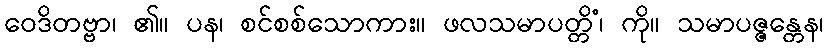
ဝေဒိတဗ္ဗာ၊ ၏။ ပန၊ စင်စစ်သောကား။ ဖလသမာပတ္တိံ၊ ကို။ သမာပဇ္ဇန္တေန၊